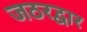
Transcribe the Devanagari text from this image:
जठरद्वार